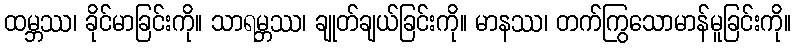
ထမ္ဘဿ၊ ခိုင်မာခြင်းကို။ သာရမ္ဘဿ၊ ချုတ်ချယ်ခြင်းကို။ မာနဿ၊ တက်ကြွသောမာန်မူခြင်းကို။